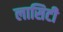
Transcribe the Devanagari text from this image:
लासिटी